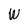
Character: W